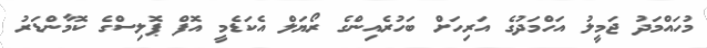
މުހައްމަދު ޖަމީލު އަހްމަދުގެ އަރިހަށް ބަހުރެއިންގެ ރޯޔަލް އެކަޑެމީ އޮފް ޕޮލިސްގެ ކޮމާންޑަރު